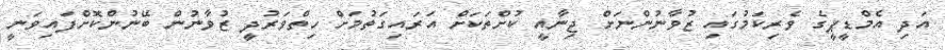
އަދި އެމްޑީޕީގެ ވެރިކަމުގައި ޒުވާނުންނަށް ޖިނާއީ ކުށްތަކަށް އަރައިގަތުމަށް ހިތްވަރުދީ ޒުވާނުން ބޭނުންކޮށްފައިވަނީ